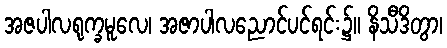
အဇပါလရုက္ခမူလေ၊ အဇာပါလညောင်ပင်ရင်း၌။ နိသီဒိတွာ၊